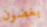
بغضون